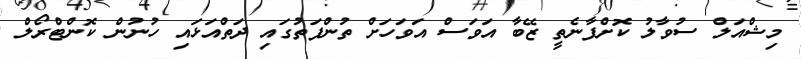
މިޝްއަލް ސުވާލު ކޮށްފާނެތީ ޒޭބާ އަވަސް އަވަހަށް ތުންފަތުގައި ދަތްއަޅައި ހުނުން ކޮންޓްރޯލް